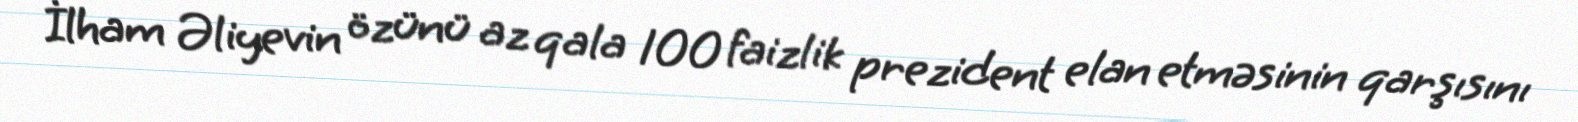
İlham Əliyevin özünü az qala 100 faizlik prezident elan etməsinin qarşısını